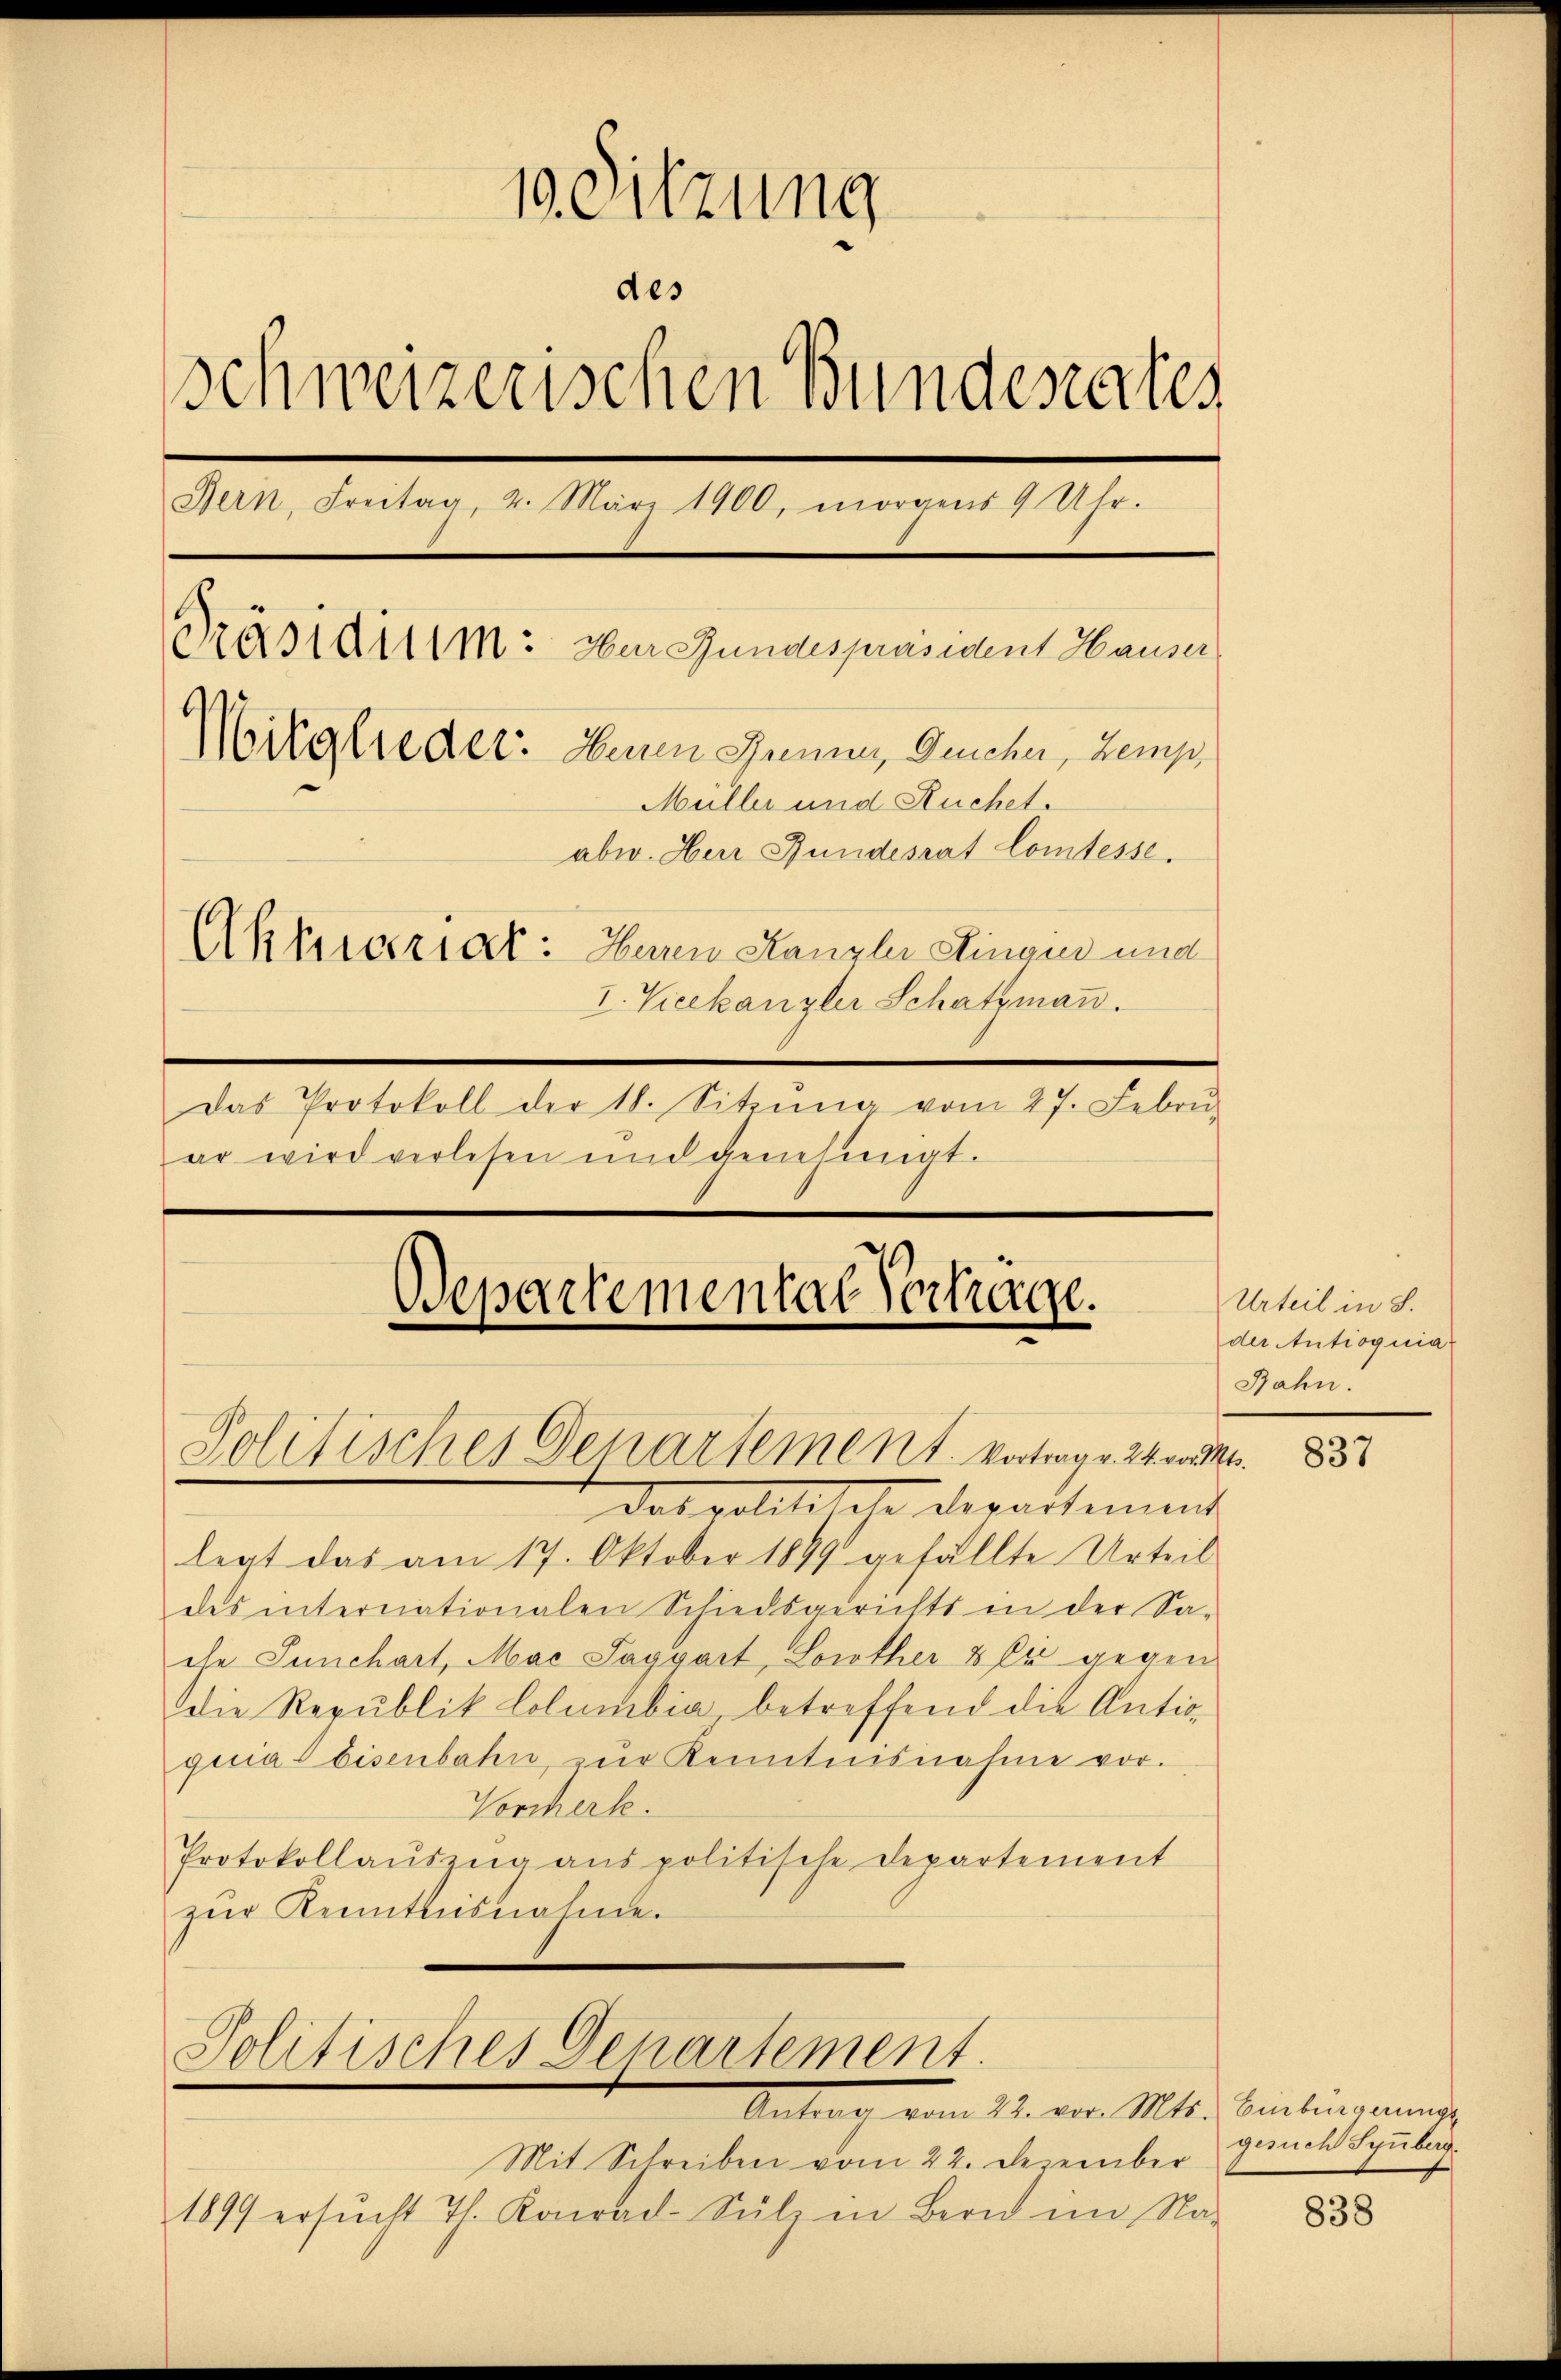
10. Sitzung
des
schweizerischen Bundesrates
Bern, Freitag, 2. März 1900, morgens 9 Uhr.
Präsidium: Der Bundespräsident Hauser
Mitglieder. Herren Jenner, Gescher, Zemp¬
Müller und Ruchet.
abw. Herr Bundesrat Comtesse.
Aktuariat: Huren Kanzlei Ringin und
I. Vicekanzler Schatzmaṅ.
Das Protokoll der 18. Sitzŭng vom 27. Febrŭ

ar wird verlesen und genehmigt.

Departemental Vertrage.
Politisches Departement. Vortrag u. 2 werden.

das volitische Departement
legt das am 17. Oktober 1899 gefällte Urteil
des internationalen Schiedsgerichts in der Sa-
che Punchart, Mac Saggart, Lorother 8 (4 gegen
Die Republik Lolumbia betreffend die Antisquia Eisenbahn-ŭr Kenntnisnahme vor.
Vorcherle.
Protokollaŭszŭg aŭs politische Departement
zŭr Kenntlusnahme.

Politisches Departement.

Antrag vom 22. vor. Mts. Bentenannung
Mit Schreiben vom 22. Dezember
1899 ersŭcht Th. Konrad-Sülz in Bern im Na-

Urteil in S.
der Antioquia
Rahn.

837

gesuch Synberg.

838